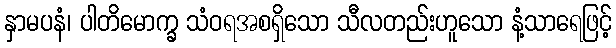
နှာမပနံ၊ ပါတိမောက္ခ သံဝရအစရှိသော သီလတည်းဟူသော နံ့သာရေဖြင့်